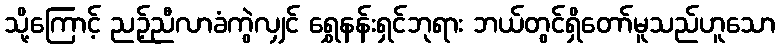
သို့ကြောင့် ညဉ့်ညီလာခံကွဲလျှင် ရွှေနန်းရှင်ဘုရား ဘယ်တွင်ရှိတော်မူသည်ဟူသော